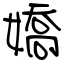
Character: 嬌